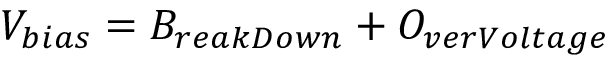
V _ { b i a s } = B _ { r e a k D o w n } + O _ { v e r V o l t a g e }